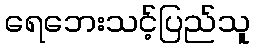
ရေဘေးသင့်ပြည်သူ